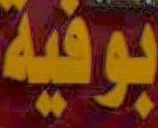
بوفية